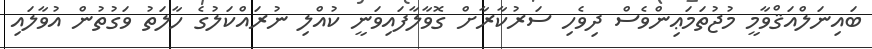
ބައިނަލްއަޤްވާމީ މުޖުތަމަޢިންވެސް ދިވެހި ސަރުކާރާށް ގޮވާލާފައިވަނީ ކުއްލި ނުރައްކަލުގެ ހާލަތު ވަގުތުން އުވާލައި